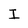
Character: I